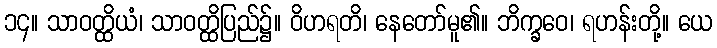
၁၄။ သာဝတ္ထိယံ၊ သာဝတ္ထိပြည်၌။ ဝိဟရတိ၊ နေတော်မူ၏။ ဘိက္ခဝေ၊ ရဟန်းတို့။ ယေ